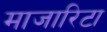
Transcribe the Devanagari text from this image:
माजारिटा